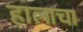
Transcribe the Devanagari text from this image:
हालाचा